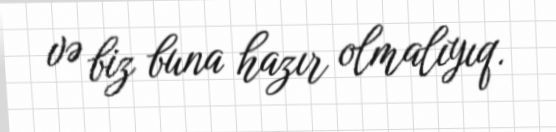
və biz buna hazır olmalıyıq.